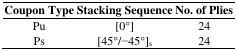
<table><thead><tr><td><b>Coupon Type</b></td><td><b>Stacking Sequence</b></td><td><b>No. of Plies</b></td></tr></thead><tbody><tr><td>Pu</td><td>[0°]</td><td>24</td></tr><tr><td>Ps</td><td>[45°/−45°]<sub>s</sub></td><td>24</td></tr></tbody></table>